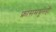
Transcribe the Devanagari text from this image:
फ्रांसमधूनही